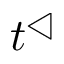
t ^ { \triangleleft }